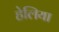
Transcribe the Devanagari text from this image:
हेलिया